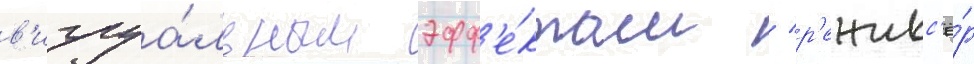
в'изуа́льным эфф'е́ктам / р'ежисс'ё́р